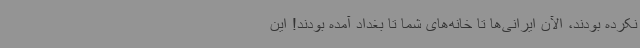
نکرده بودند، الآن ایرانی‌ها تا خانه‌های شما تا بغداد آمده بودند! این